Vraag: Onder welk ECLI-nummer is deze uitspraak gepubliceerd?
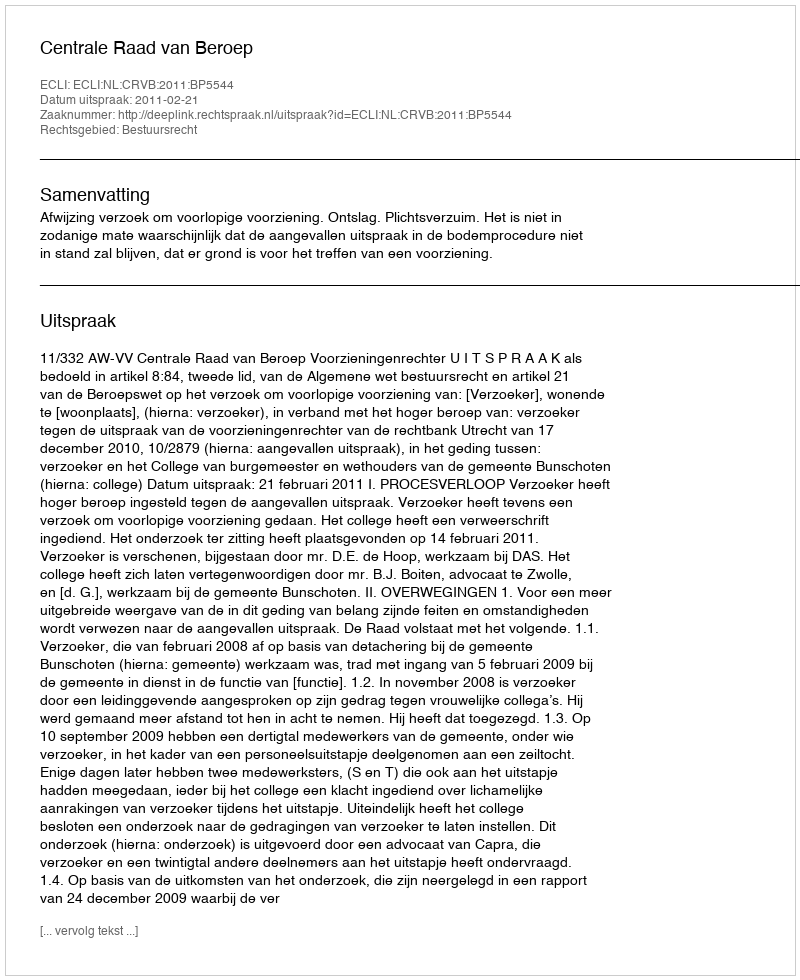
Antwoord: ECLI:NL:CRVB:2011:BP5544